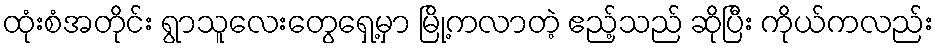
ထုံးစံအတိုင်း ရွာသူလေးတွေရှေ့မှာ မြို့ကလာတဲ့ ဧည့်သည် ဆိုပြီး ကိုယ်ကလည်း